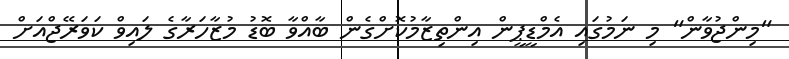
"މިންޖުވާން" މި ނަމުގައި އެމްޑީޕީން އިންތިޒާމުކޮށްގެން ބާއްވާ ބޮޑު މުޒާހަރާގެ ލައިވް ކަވަރޭޖްއަށް